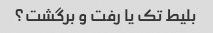
بلیط تک یا رفت و برگشت؟